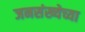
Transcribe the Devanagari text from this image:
जनसंख्येच्या